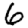
Digit: 6